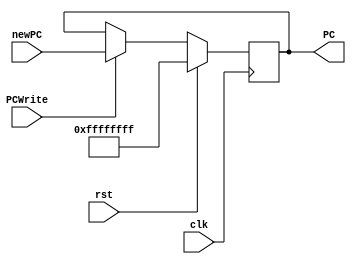
module reg_pc(
		input clk,
		input rst,
		input [31:0] newPC,
		input PCWrite,
		output reg [31:0] PC
    );
	 
	always @(posedge clk)
		begin
		if (rst)
			begin
			PC <= 32'hFFFFFFFF;
			end
		else if (PCWrite)
			begin
			PC <= newPC;
			end
		end

endmodule